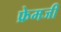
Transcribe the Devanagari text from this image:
फ्रेमजी